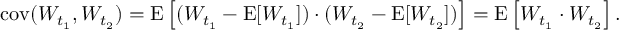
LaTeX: \operatorname { c o v } ( W _ { t _ { 1 } } , W _ { t _ { 2 } } ) = \operatorname { E } \left[ ( W _ { t _ { 1 } } - \operatorname { E } [ W _ { t _ { 1 } } ] ) \cdot ( W _ { t _ { 2 } } - \operatorname { E } [ W _ { t _ { 2 } } ] ) \right] = \operatorname { E } \left[ W _ { t _ { 1 } } \cdot W _ { t _ { 2 } } \right] .